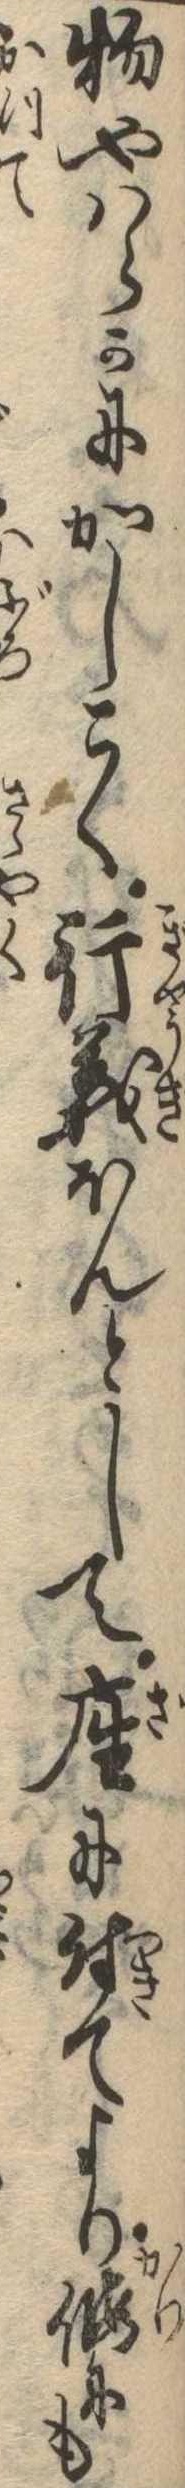
物やはらかにかしこく行義ほんとして座に付てより仮にも